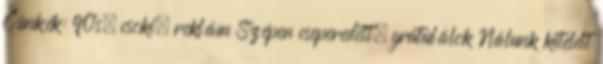
Címkék: 90's, csoki, reklám Szépen cseperedett, gratulálok Nálunk kitelelt